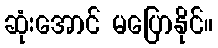
ဆုံးအောင် မပြောနိုင်။